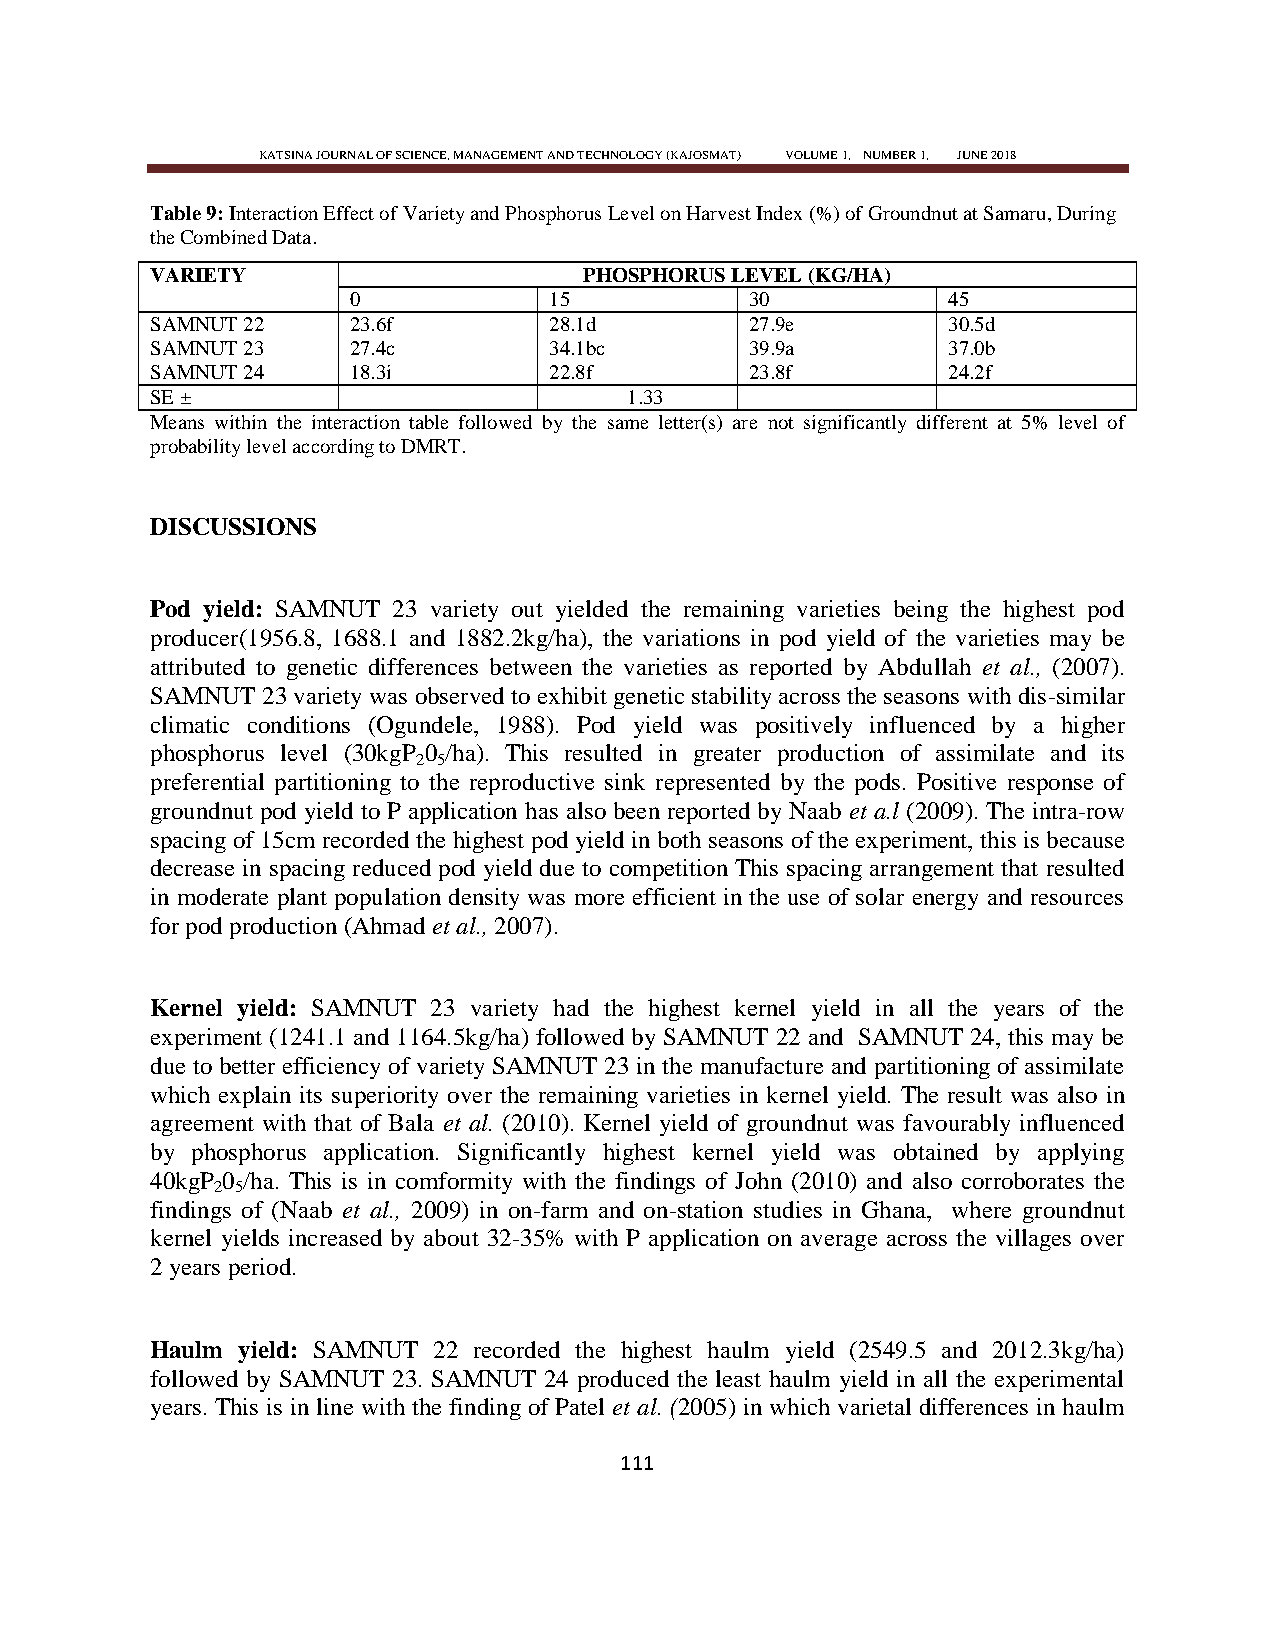
KATSINA JOURNAL OF SCIENCE, MANAGEMENT AND TECHNOLOGY (KAJOSMAT) VOLUME 1, NUMBER 1, JUNE 2018
 Table 9: Interaction Effect of Variety and Phosphorus Level on Harvest Index (%) of Groundnut at Samaru, During
 the Combined Data.
 VARIETY                      PHOSPHORUS LEVEL (KG/HA)
 0            15            30           45
 SAMNUT 22    23.6f        28.1d         27.9e        30.5d
 SAMNUT 23    27.4c        34.1bc        39.9a        37.0b
 SAMNUT 24    18.3i        22.8f         23.8f        24.2f
 SE ±                            1.33
 Means within the interaction table followed by the same letter(s) are not significantly different at 5% level of
 probability level according to DMRT.
 DISCUSSIONS
 Pod yield: SAMNUT 23 variety out yielded the remaining varieties being the highest pod
 producer(1956.8, 1688.1 and 1882.2kg/ha), the variations in pod yield of the varieties may be
 attributed to genetic differences between the varieties as reported by Abdullah et al., (2007).
 SAMNUT 23 variety was observed to exhibit genetic stability across the seasons with dis-similar
 climatic conditions (Ogundele, 1988). Pod yield was positively influenced by a higher
 phosphorus level (30kgP 0 /ha). This resulted in greater production of assimilate and its
 2 5
 preferential partitioning to the reproductive sink represented by the pods. Positive response of
 groundnut pod yield to P application has also been reported by Naab et a.l (2009). The intra-row
 spacing of 15cm recorded the highest pod yield in both seasons of the experiment, this is because
 decrease in spacing reduced pod yield due to competition This spacing arrangement that resulted
 in moderate plant population density was more efficient in the use of solar energy and resources
 for pod production (Ahmad et al., 2007).
 Kernel yield: SAMNUT 23 variety had the highest kernel yield in all the years of the
 experiment (1241.1 and 1164.5kg/ha) followed by SAMNUT 22 and SAMNUT 24, this may be
 due to better efficiency of variety SAMNUT 23 in the manufacture and partitioning of assimilate
 which explain its superiority over the remaining varieties in kernel yield. The result was also in
 agreement with that of Bala et al. (2010). Kernel yield of groundnut was favourably influenced
 by phosphorus application. Significantly highest kernel yield was obtained by applying
 40kgP 0 /ha. This is in comformity with the findings of John (2010) and also corroborates the
 2 5
 findings of (Naab et al., 2009) in on-farm and on-station studies in Ghana, where groundnut
 kernel yields increased by about 32-35% with P application on average across the villages over
 2 years period.
 Haulm yield: SAMNUT 22 recorded the highest haulm yield (2549.5 and 2012.3kg/ha)
 followed by SAMNUT 23. SAMNUT 24 produced the least haulm yield in all the experimental
 years. This is in line with the finding of Patel et al. (2005) in which varietal differences in haulm
 111